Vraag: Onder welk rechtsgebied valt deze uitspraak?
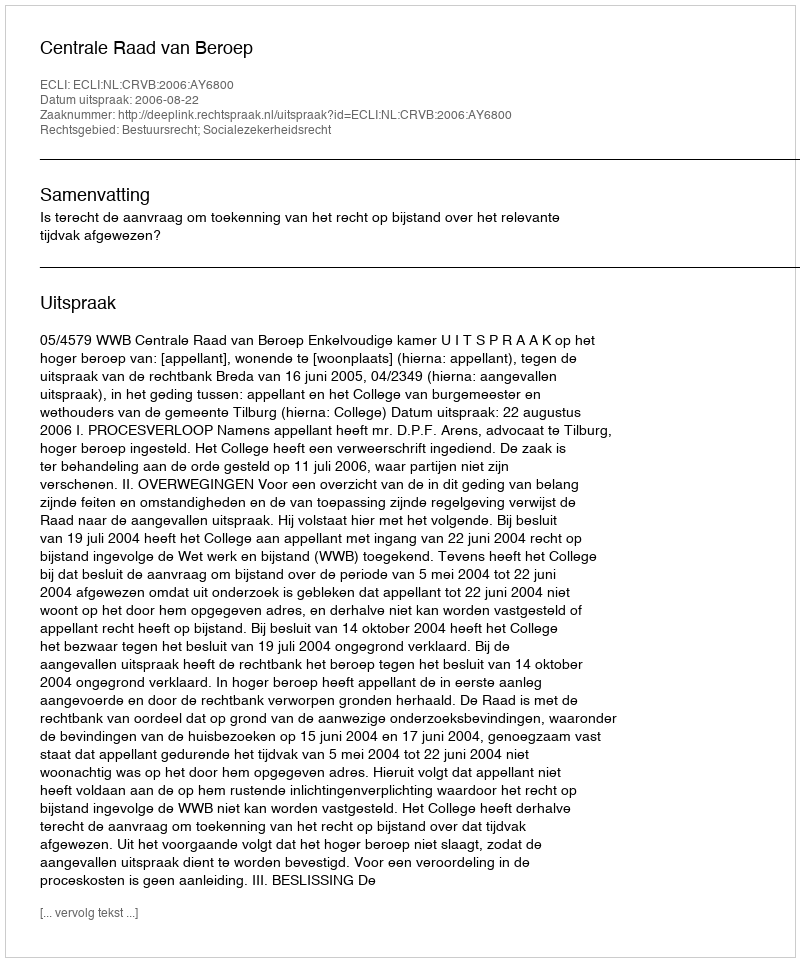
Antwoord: Bestuursrecht; Socialezekerheidsrecht